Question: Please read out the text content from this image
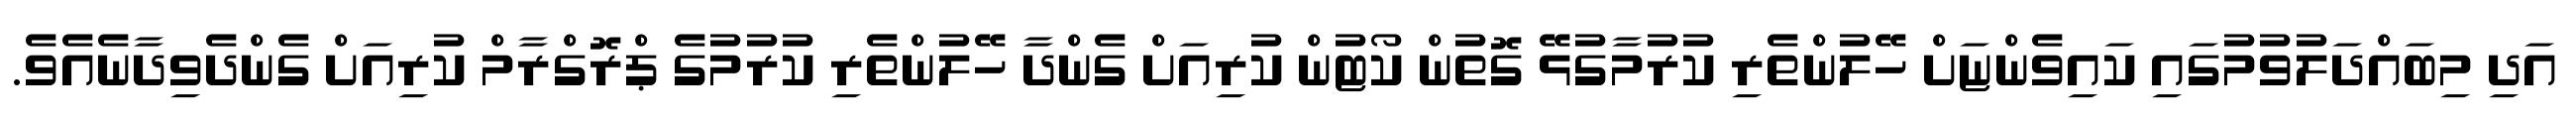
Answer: އަދި މިބައްދަލުވުމުގައި ކައިވެންޏަށް ހޭލުންތެރި ކުރުމާގުޅޭ ގޮތުން ކޯޓުން ކުރިއަށް ގެންދާ ހޭލުންތެރި ކުރުމުގެ ޕްރޮގްރާމް ކުރިއަށް ގެންދެވިދާނެއެވެ.